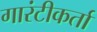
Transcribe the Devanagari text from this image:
गारंटीकर्ता